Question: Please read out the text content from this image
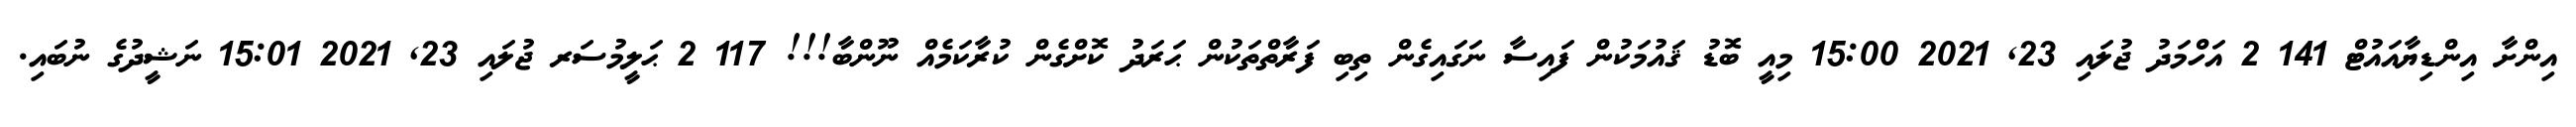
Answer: އިންށާ އިންޑިޔާއައުޓް 141 2 އަހްމަދު ޖުލައި 23, 2021 15:00 މިއީ ބޮޑު ޤައުމަކުން ފައިސާ ނަގައިގެން ތިބި ފަރާތްތަކުން ޙަރަދު ކޮށްގެން ކުރާކަމެއް ނޫންބާ!!! 117 2 ޙަލީމުސަރ ޖުލައި 23, 2021 15:01 ނަޝީދުގެ ނުބައި.